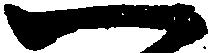
一